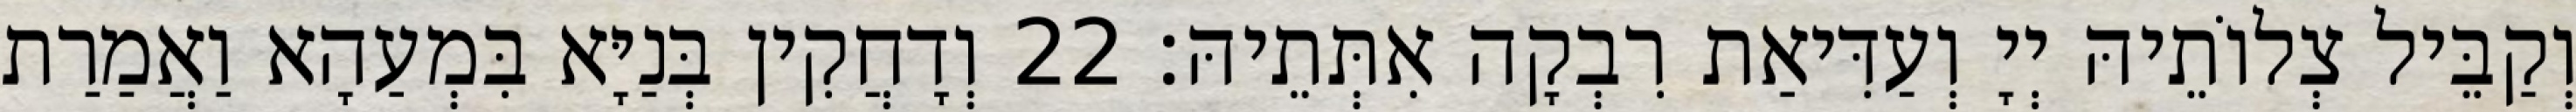
וְקַבֵּיל צְלוֹתֵיהּ יְיָ וְעַדִּיאַת רִבְקָה אִתְּתֵיהּ׃ 22 וְדָחֲקִין בְּנַיָּא בִּמְעַהָא וַאֲמַרַת